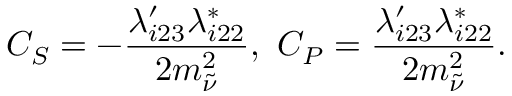
C _ { S } = - { \frac { \lambda _ { i 2 3 } ^ { \prime } \lambda _ { i 2 2 } ^ { * } } { 2 m _ { \tilde { \nu } } ^ { 2 } } } , \, \, C _ { P } = { \frac { \lambda _ { i 2 3 } ^ { \prime } \lambda _ { i 2 2 } ^ { * } } { 2 m _ { \tilde { \nu } } ^ { 2 } } } .